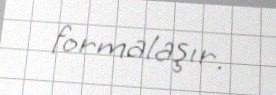
formalaşır.